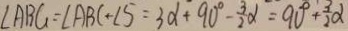
\angle A B C = \angle A B C + \angle 5 = 3 \alpha + 9 0 ^ { \circ } - \frac { 3 } { 2 } \alpha = 9 0 ^ { \circ } + \frac { 3 } { 2 } \alpha